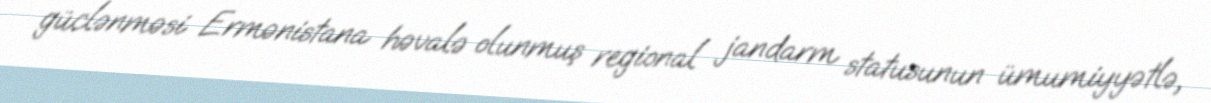
güclənməsi Ermənistana həvalə olunmuş regional jandarm statusunun ümumiyyətlə,